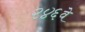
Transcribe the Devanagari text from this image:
२४६वे